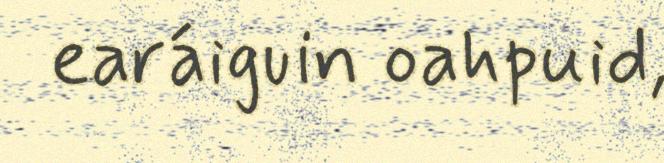
earáiguin oahpuid,